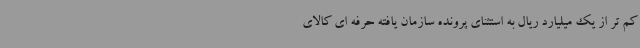
کم تر از یک میلیارد ریال به استثنای پرونده سازمان یافته حرفه ای کالای